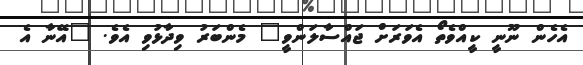
އެހެން ނޫނީ ކީއްވެތޯ އެވަރަށް ޖައްސާލަންވީ" މެންބަރު ވިދާޅުވި އެވެ. "އޭނާ އެ